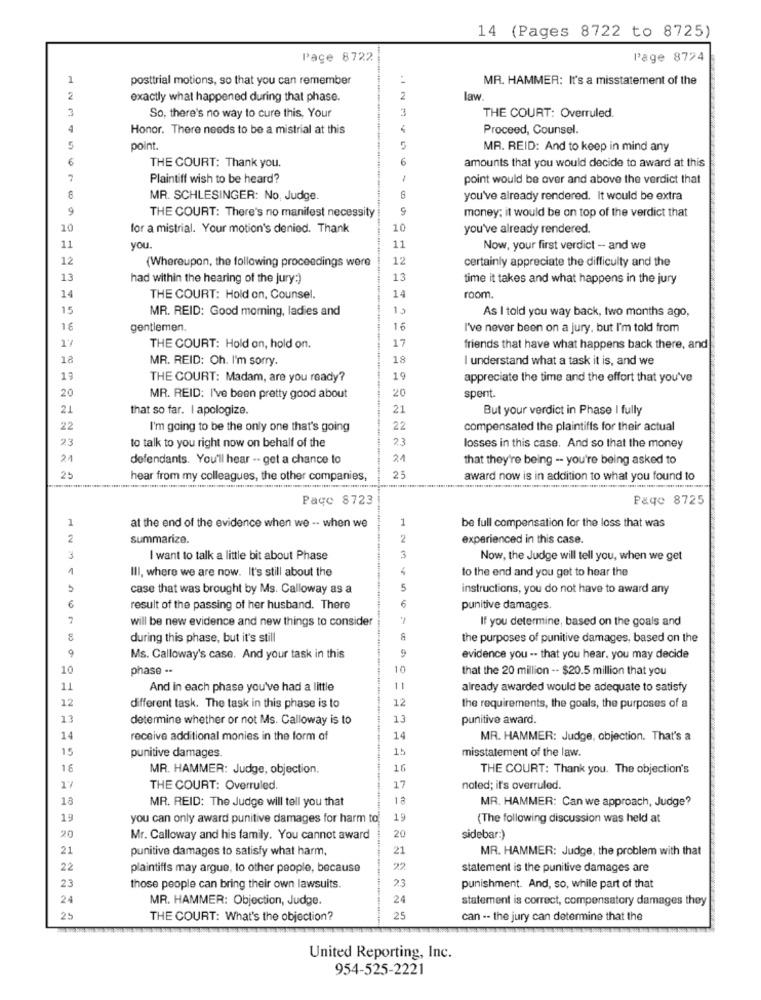
14 (Pages 8722 to 8725)
Pace 8722
Page 8724
1
posttrial motions, so that you can remember
MR. HAMMER: It's a misstatement of the
2
exactly what happened during that phase.
2
law.
3
3
So, there's no way to cure this, Your
THE COURT: Overruled.
Honor. There needs to be a mistrial at this
Proceed, Counsel.
point.
5
MR. REID: And to keep in mind any
6
6
amounts that you would decide to award at this
THE COURT: Thank you.
Plaintiff wish to be heard?
1
point would be over and above the verdict that
MR. SCHLESINGER: No, Judge.
8
you've already rendered. It would be extra
9
THE COURT: There's no manifest necessity
9
money; it would be on top of the verdict that
10
for a mistrial. Your motion's denied. Thank
10
you've already rendered.
11
you.
11
Now, your first verdict -- and we
12
(Whereupon, the following proceedings were
12
certainly appreciate the difficulty and the
13
had within the hearing of the jury:)
13
time it takes and what happens in the jury
14
THE COURT: Hold on, Counsel.
14
room.
15
MR. REID: Good morning, ladies and
15
As I told you way back, two months ago,
16
gentlemen.
16
I've never been on a jury, but I'm told from
17
17
THE COURT: Hold on, hold on.
friends that have what happens back there, and
18
MR. REID: Oh. I'm sorry.
18
I understand what a task it is, and we
19
THE COURT: Madam, are you ready?
19
appreciate the time and the effort that you've
20
MR. REID: I've been pretty good about
20
spent.
21
that so far. I apologize.
21
But your verdict in Phase I fully
22
I'm going to be the only one that's going
22
compensated the plaintiffs for their actual
23
to talk to you right now on behalf of the
losses in this case. And so that the money
21
defendants. You'll hear -. get a chance to
2.1
that they're being -- you're being asked to
25
hear from my colleagues, the other companies,
25
award now is in addition to what you found to
Page 8723
Page 8725
1
1
be full compensation for the loss that was
at the end of the evidence when we -- when we
2
summarize.
2
experienced in this case.
I want to talk a little bit about Phase
3
Now, the Judge will tell you, when we get
1
Ill, where we are now. It's still about the
lo the end and you get to hear the
case that was brought by Ms. Calloway as a
5
instructions, you do not have to award any
6
6
result of the passing of her husband. There
punitive damages.
7
will be new evidence and new things to consider
If you determine, based on the goals and
during this phase, but it's still
the purposes of punitive damages, based on the
9
9
Ms. Calloway's case, And your task in this
evidence you -- that you hear. you may decide
10
phase ..
10
that the 20 million -- $20.5 million that you
11
And in each phase you've had a little
11
already awarded would be adequate to satisfy
12
12
different task. The task in this phase is to
the requirements, the goals, the purposes of a
13
determine whether or not Ms. Calloway is to
13
punitive award.
14
receive additional monies in the form of
14
MR. HAMMER: Judge, objection. That's a
15
punitive damages
15
misstatement of the law.
16
MR. HAMMER: Judge, objection.
16
THE COURT: Thank you. The objection's
17
THE COURT: Overruled
17
noted; it's overruled.
18
MR. REID: The Judge will tell you that
18
MR. HAMMER: Can we approach, Judge?
19
you can only award punitive damages for harm to
19
(The following discussion was held at
20
Mr. Calloway and his family. You cannot award
20
sidebar:)
21
punitive damages to satisfy what harm,
21
MR. HAMMER: Judge, the problem with that
22
plaintiffs may argue, to other people, because
22
statement is the punitive damages are
23
23
those people can bring their own lawsuits.
punishment. And, so, while part of that
24
MR. HAMMER: Objection, Judge.
24
statement is correct, compensatory damages they
25
THE COURT: What's the objection?
25
can -- the jury can determine that the
United Reporting, Inc.
954-525-2221